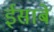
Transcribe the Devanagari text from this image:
ईसाबे